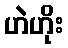
ဟဲဟိုး